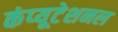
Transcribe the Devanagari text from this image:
कंप्‍यूटेशनल